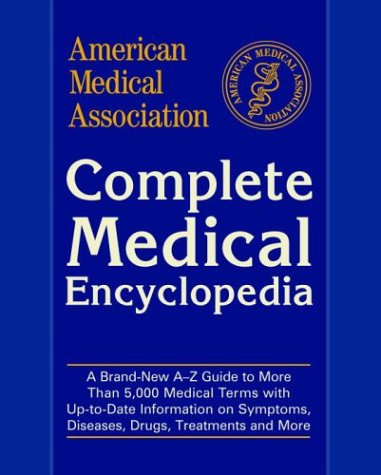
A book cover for American Medical Association Complete Medical Encyclopedia (American Medical Association (Ama) Complete Medical Encyclopedia); American Medical Association; Health, Fitness & Dieting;